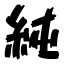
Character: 純